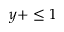
y + \le 1